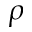
\rho